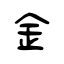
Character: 金